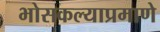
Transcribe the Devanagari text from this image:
भोसकल्याप्रमाणे